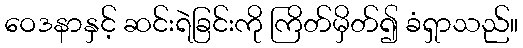
ဝေဒနာနှင့် ဆင်းရဲခြင်းကို ကြိတ်မှိတ်၍ ခံရှာသည်။